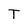
Character: T